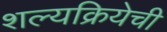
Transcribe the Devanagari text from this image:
शल्यक्रियेची